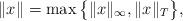
LaTeX: \begin{align*} \|x\|= \max \big\{\|x\|_{\infty} , \|x\|_{T}\big\}, \end{align*}